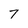
Character: 7